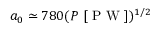
a _ { 0 } \simeq 7 8 0 ( P ~ [ \mathrm { ~ P ~ W ~ } ] ) ^ { 1 / 2 }